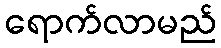
ရောက်လာမည်